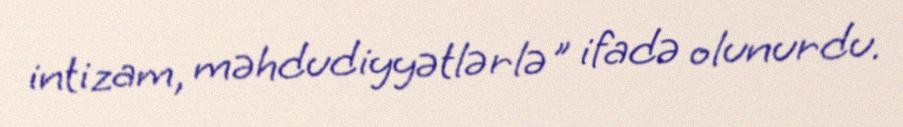
intizam, məhdudiyyətlərlə" ifadə olunurdu.